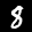
Label: 8